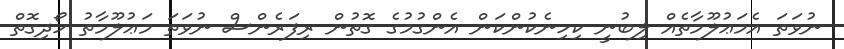
ނުވަތަ އެމަޢުލޫމާތެއް ލިބުނީ ކިހިނެކުންކަން އެންގުމުގެ ގޮތުން ރިފަރެންސް ނުވަތަ މަޢުލޫމާތު ހޯދިގޮތް